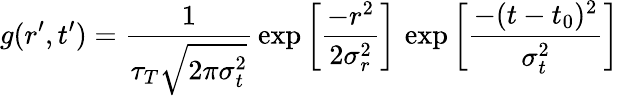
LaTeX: g(r^{\prime},t^{\prime})=\frac{1}{\tau_{T}\sqrt{2\pi\sigma_{t}^{2}}}\, \exp{\left[\frac{-r^{2}}{2\sigma_{r}^{2}}\right]}\, \exp{\left[\frac{-(t-t_{0})^{2}}{\sigma_{t}^{2}}\right]}